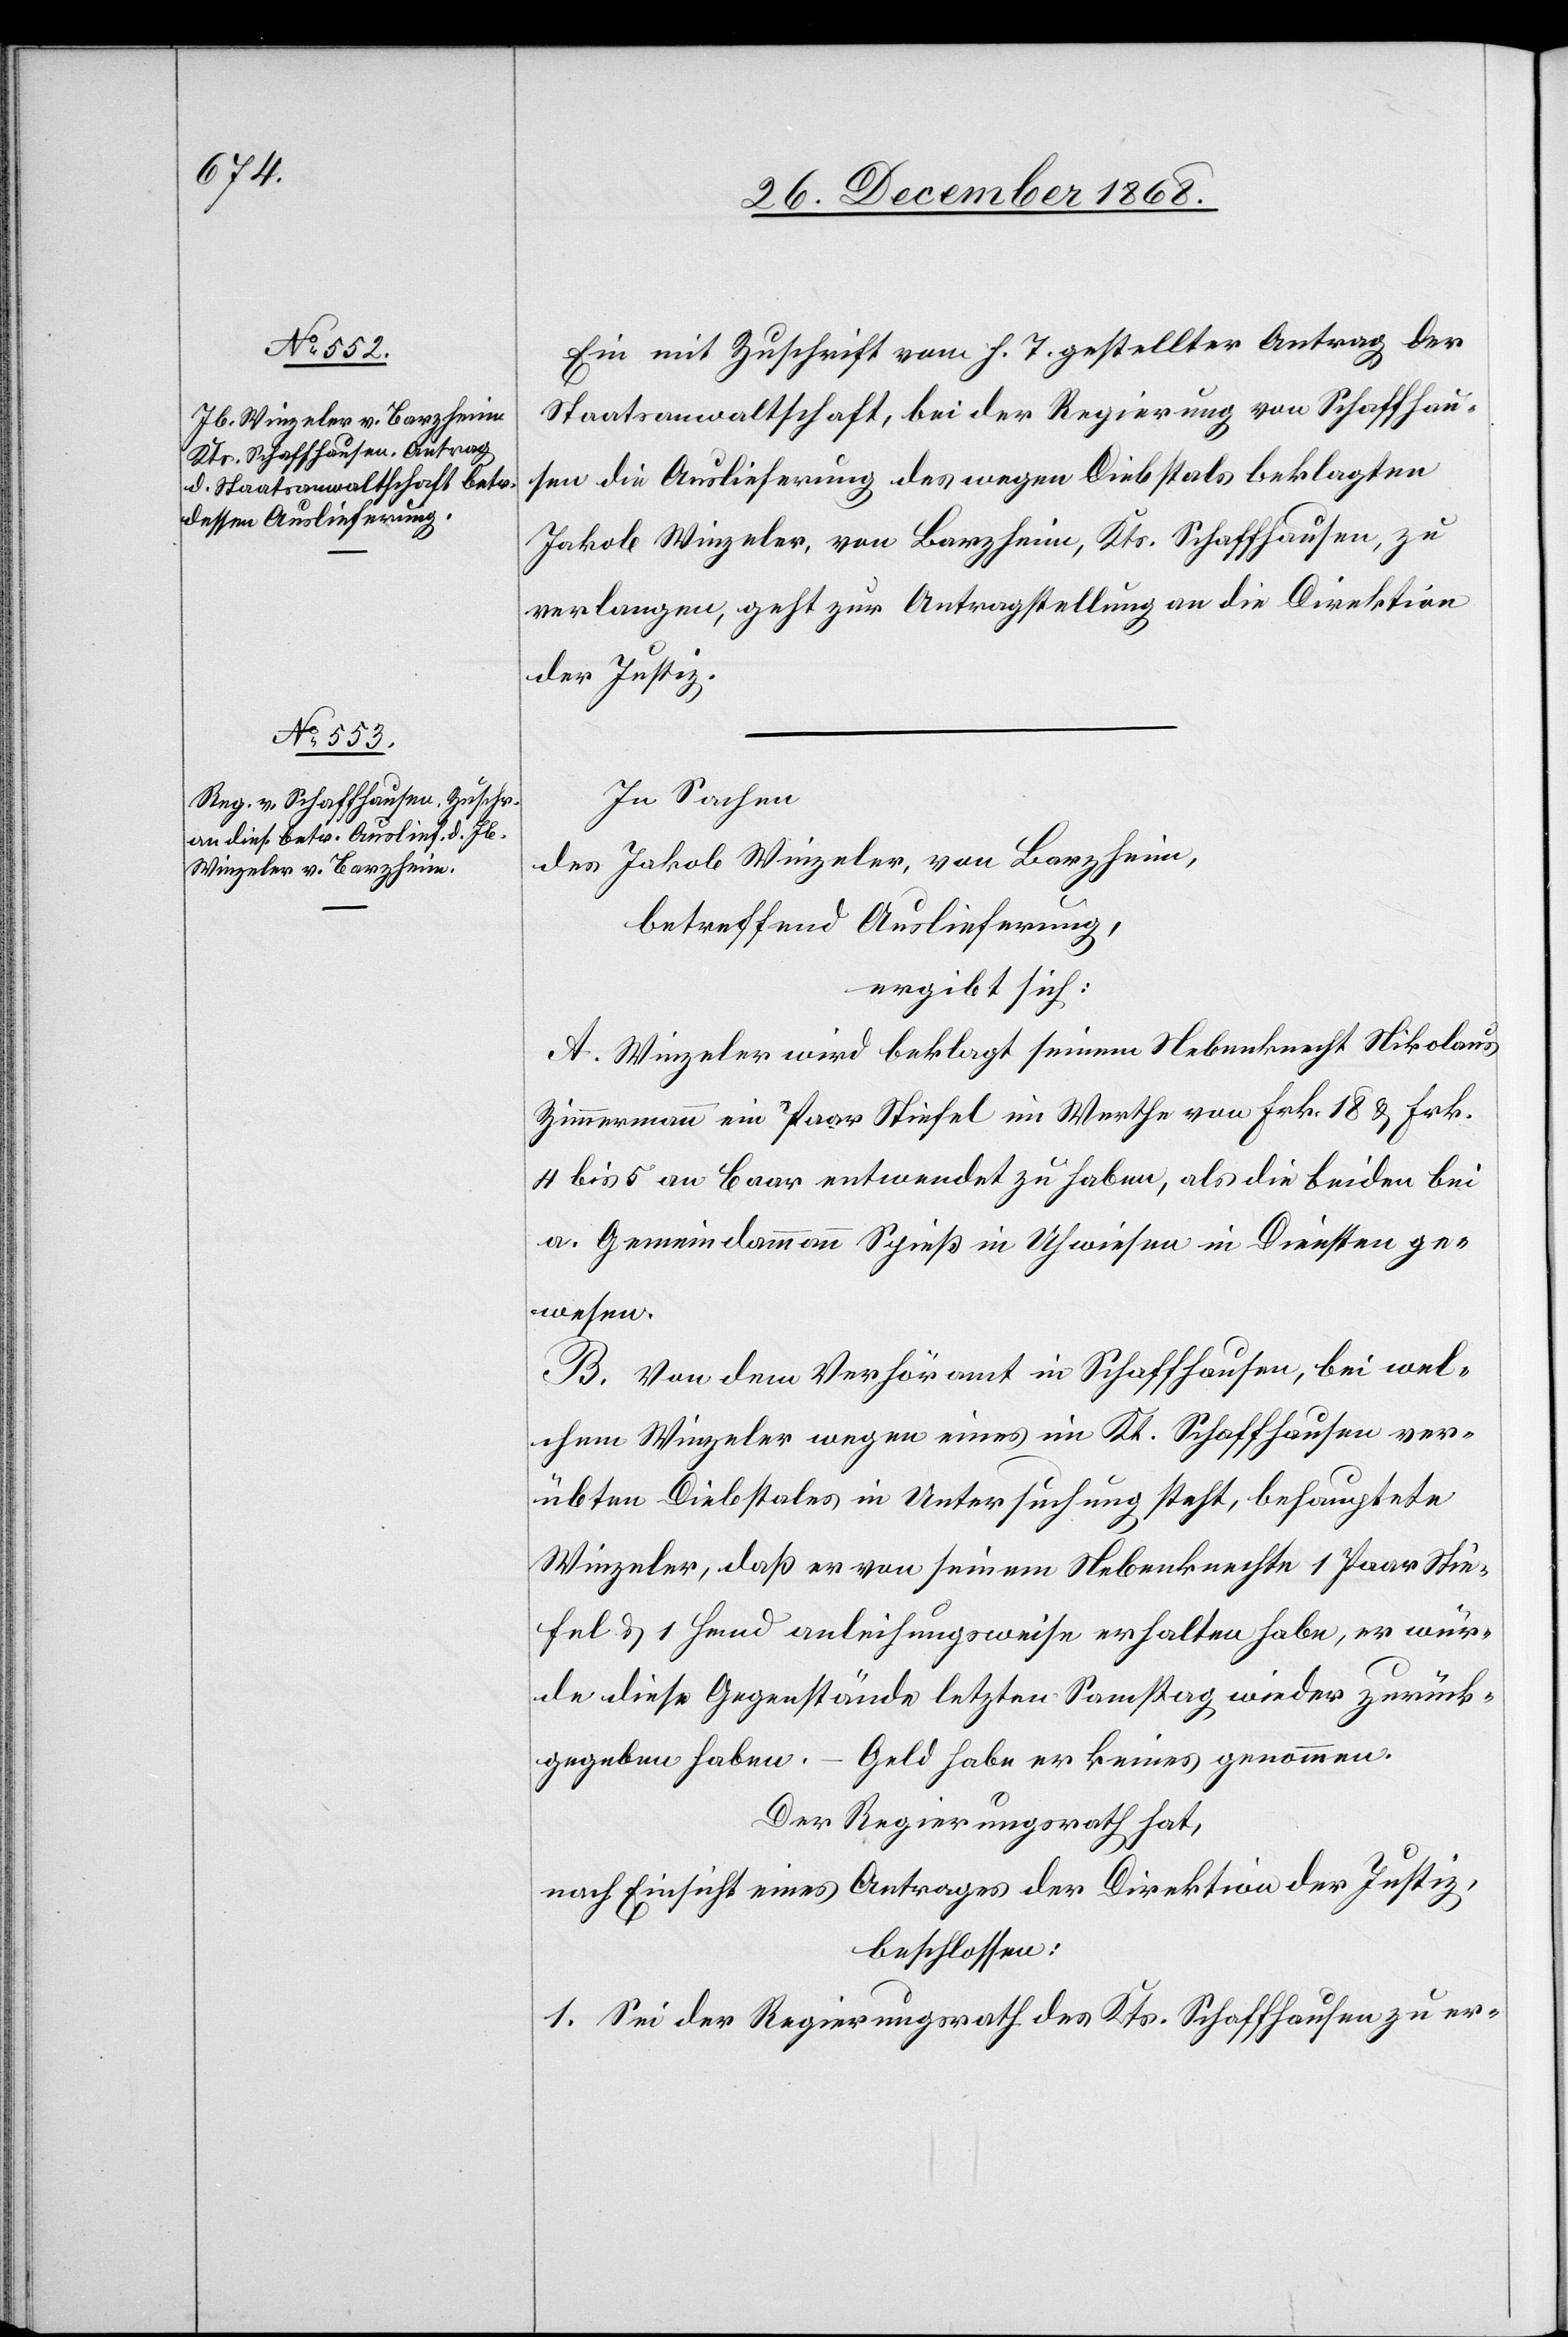
28. December 1868.]
Ein mit Zuschrift vom h. T. gestellter Antrag der
Staatsanwaltschaft, bei der Regierung von Schaffhau¬
sen die Auslieferung des wegen Diebstals beklagten
Jakob Winzeler, von Barzheim, Kts. Schaffhausen, zu
verlangen, geht zur Antragstellung an die Direktion
der Justiz.
In Sachen
des Jakob Winzeler, von Barzheim,
betreffend Auslieferung,
ergibt sich:
A. Winzeler wird beklagt seinem Nebenknecht Nikolaus
Zimmermann ein Paar Stiefel im Werthe von Frk. 18 & Frk.
4 bis 5 an Baar entwendet zu haben, als die beiden bei
a. Gemeindammann Spieß in Uhwiesen in Diensten ge¬
wesen.
B. Von dem Verhöramt in Schaffhausen, bei wel¬
chem Winzeler wegen eines im Kt. Schaffhausen ver¬
übten Diebstales in Untersuchung steht, behauptete
Winzeler, daß er von seinem Nebenknechte 1 Paar Stie¬
fel & 1 Hemd anleihungsweise erhalten habe, er wür¬
de diese Gegenstände letzten Samstag wieder zurück¬
gegeben haben. – Geld habe er keines genommen.
Der Regierungsrath hat,
nach Einsicht eines Antrages der Direktion der Justiz,
beschlossen:
1. Sei der Regierungsrath des Kts. Schaffhausen zu er-